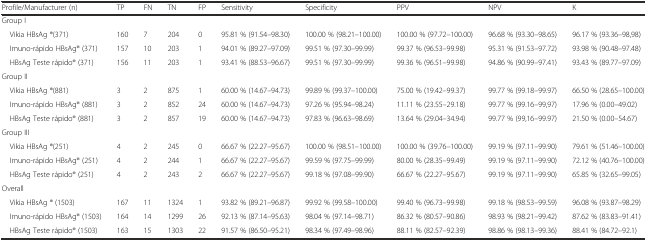
<table><thead><tr><td><b>Profile/Manufacturer (n)</b></td><td><b>TP</b></td><td><b>FN</b></td><td><b>TN</b></td><td><b>FP</b></td><td><b>Sensitivity</b></td><td><b>Specificity</b></td><td><b>PPV</b></td><td><b>NPV</b></td><td><b>K</b></td></tr></thead><tbody><tr><td colspan="10">Group I</td></tr><tr><td> Vikia HBsAg ®(371)</td><td>160</td><td>7</td><td>204</td><td>0</td><td>95.81 % (91.54–98.30)</td><td>100.00 % (98.21–100.00)</td><td>100.00 % (97.72–100.00)</td><td>96.68 % (93.30–98.65)</td><td>96.17 % (93.36–98,98)</td></tr><tr><td> Imuno-rápido HBsAg® (371)</td><td>157</td><td>10</td><td>203</td><td>1</td><td>94.01 % (89.27–97.09)</td><td>99.51 % (97.30–99.99)</td><td>99.37 % (96.53–99.98)</td><td>95.31 % (91.53–97.72)</td><td>93.98 % (90.48–97.48)</td></tr><tr><td> HBsAg Teste rápido® (371)</td><td>156</td><td>11</td><td>203</td><td>1</td><td>93.41 % (88.53–96.67)</td><td>99.51 % (97.30–99.99)</td><td>99.36 % (96.51–99.98)</td><td>94.86 % (90.99–97.41)</td><td>93.43 % (89.77–97.09)</td></tr><tr><td colspan="10">Group II</td></tr><tr><td> Vikia HBsAg ®(881)</td><td>3</td><td>2</td><td>875</td><td>1</td><td>60.00 % (14.67–94.73)</td><td>99.89 % (99.37–100.00)</td><td>75.00 % (19.42–99.37)</td><td>99.77 % (99.18–99.97)</td><td>66.50 % (28.65–100.00)</td></tr><tr><td> Imuno-rápido HBsAg® (881)</td><td>3</td><td>2</td><td>852</td><td>24</td><td>60.00 % (14.67–94.73)</td><td>97.26 % (95.94–98.24)</td><td>11.11 % (23.55–29.18)</td><td>99.77 % (99.16–99,97)</td><td>17.96 % (0.00–49.02)</td></tr><tr><td> HBsAg Teste rápido® (881)</td><td>3</td><td>2</td><td>857</td><td>19</td><td>60.00 % (14.67–94.73)</td><td>97.83 % (96.63–98.69)</td><td>13.64 % (29.04–34.94)</td><td>99.77 % (99,16–99.97)</td><td>21.50 % (0.00–54.67)</td></tr><tr><td colspan="10">Group III</td></tr><tr><td> Vikia HBsAg ®(251)</td><td>4</td><td>2</td><td>245</td><td>0</td><td>66.67 % (22.27–95.67)</td><td>100.00 % (98.51–100.00)</td><td>100.00 % (39.76–100.00)</td><td>99.19 % (97.11–99.90)</td><td>79.61 % (51.46–100.00)</td></tr><tr><td> Imuno-rápido HBsAg® (251)</td><td>4</td><td>2</td><td>244</td><td>1</td><td>66.67 % (22.27–95.67)</td><td>99.59 % (97.75–99.99)</td><td>80.00 % (28.35–99.49)</td><td>99.19 % (97.11–99.90)</td><td>72.12 % (40.76–100.00)</td></tr><tr><td> HBsAg Teste rápido® (251)</td><td>4</td><td>2</td><td>243</td><td>2</td><td>66.67 % (22.27–95.67)</td><td>99.18 % (97.08–99.90)</td><td>66.67 % (22.27–95.67)</td><td>99.19 % (97.11–99.90)</td><td>65.85 % (32.65–99.05)</td></tr><tr><td colspan="10">Overall</td></tr><tr><td> Vikia HBsAg ® (1503)</td><td>167</td><td>11</td><td>1324</td><td>1</td><td>93.82 % (89.21–96.87)</td><td>99.92 % (99.58–100.00)</td><td>99.40 % (96.73–99.98)</td><td>99.18 % (98.53–99.59)</td><td>96.08 % (93.87–98.29)</td></tr><tr><td> Imuno-rápido HBsAg® (1503)</td><td>164</td><td>14</td><td>1299</td><td>26</td><td>92.13 % (87.14–95.63)</td><td>98.04 % (97.14–98.71)</td><td>86.32 % (80.57–90.86)</td><td>98.93 % (98.21–99.42)</td><td>87.62 % (83.83–91.41)</td></tr><tr><td> HBsAg Teste rápido® (1503)</td><td>163</td><td>15</td><td>1303</td><td>22</td><td>91.57 % (86.50–95.21)</td><td>98.34 % (97.49–98.96)</td><td>88.11 % (82.57–92.39)</td><td>98.86 % (98.13–99.36)</td><td>88.41 % (84.72–92.1)</td></tr></tbody></table>